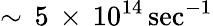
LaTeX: \sim\, 5\, \times\, 10^{14}\, \mathrm{sec}^{-1}